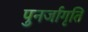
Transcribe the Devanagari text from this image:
पुनर्जागृति